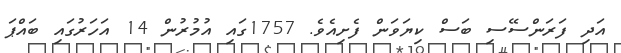
އަދި ފަރަންސޭސި ބަސް ކިޔަވަން ފެށިއެވެ. 1757ގައި އުމުރުން 14 އަހަރުގައި ބައްޕަ